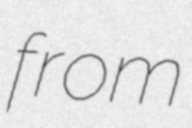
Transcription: from